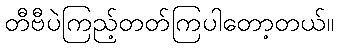
တီဗီပဲကြည့်တတ်ကြပါတော့တယ်။